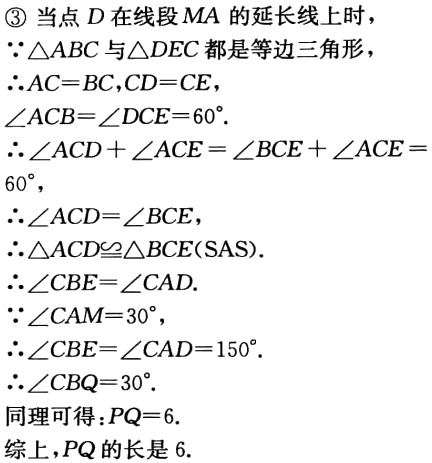
\textcircled{3} 当点 \(D\) 在线段 \(MA\) 的延长线上时，
\(\because\triangle ABC\) 与 \(\triangle DEC\) 都是等边三角形，
\(\therefore AC = BC,CD = CE\)，
\(\angle ACB=\angle DCE = 60^{\circ}\).
\(\therefore\angle ACD+\angle ACE=\angle BCE+\angle ACE = 60^{\circ}\)，
\(\therefore\angle ACD=\angle BCE\)，
\(\therefore\triangle ACD\cong\triangle BCE(\text{SAS})\).
\(\therefore\angle CBE=\angle CAD\).
\(\because\angle CAM = 30^{\circ}\)，
\(\therefore\angle CBE=\angle CAD = 150^{\circ}\).
\(\therefore\angle CBQ = 30^{\circ}\).
同理可得：\(PQ = 6\).
综上，\(PQ\) 的长是 \(6\).